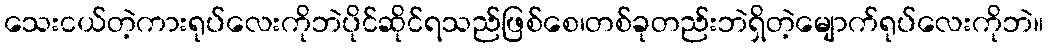
သေးငယ်တဲ့ကားရုပ်လေးကိုဘဲပိုင်ဆိုင်ရသည်ဖြစ်စေ၊တစ်ခုတည်းဘဲရှိတဲ့မျောက်ရုပ်လေးကိုဘဲ။